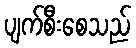
ပျက်စီးစေသည်